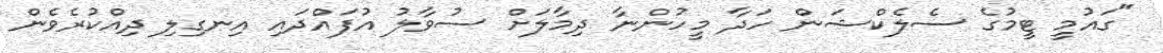
"ގައުމީ ޓީމުގެ ސެލެކްޝަން ހަދާ މީހުންނާ ދިމާލަށް ސުވާލު އުފައްދައި އިނގިލި ދިއްކުރެވެން